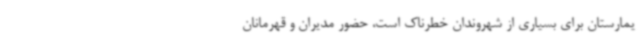
یمارستان برای بسیاری از شهروندان خطرناک است، حضور مدیران و قهرمانان